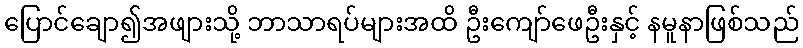
ပြောင်ချော၍အဖျားသို့ ဘာသာရပ်များအထိ ဦးကျော်ဖေဦးနှင့် နမူနာဖြစ်သည်